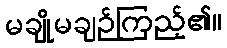
မချိုမချဉ်ကြည့်၏။